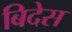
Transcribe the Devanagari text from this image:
बिदेस